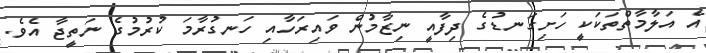
އެ އަލާމާތްތަކަކީ ހަށިގަނޑުގެ ދިފާއީ ނިޒާމުން ވައިރަހާއި ހަނގުރާމަ ކުރުމުގެ ނަތީޖާ އެވެ.